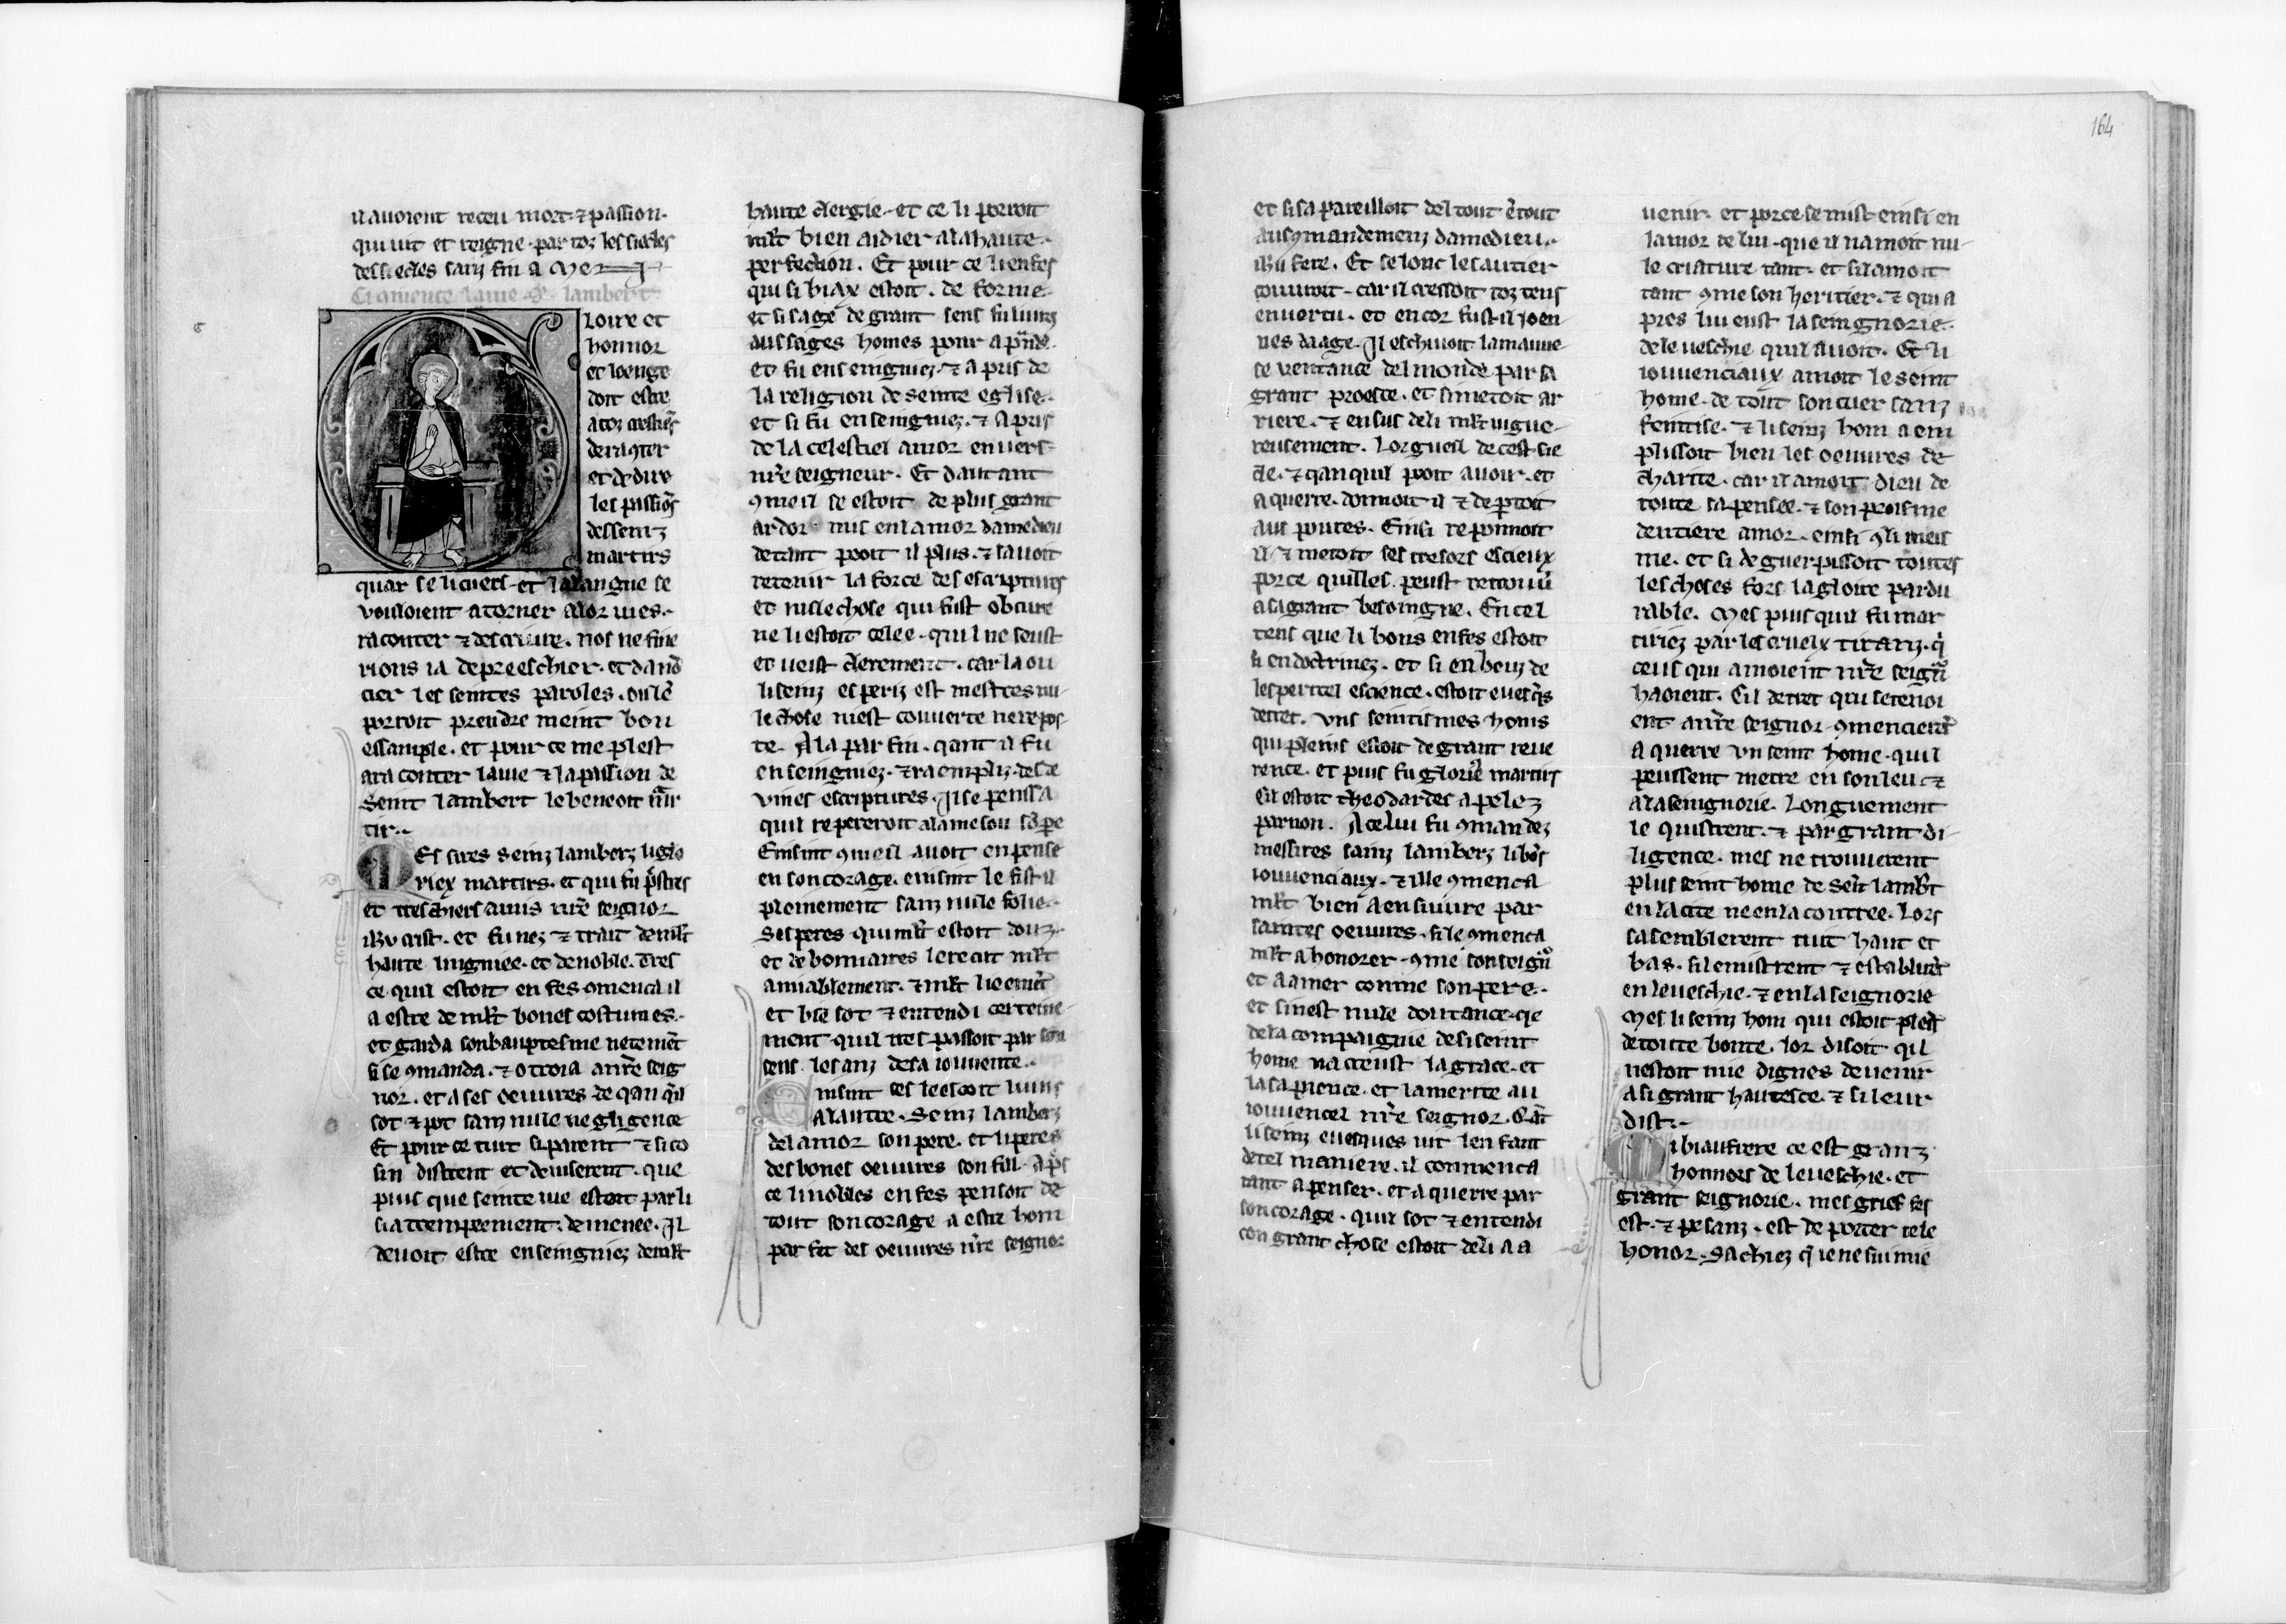
Shelfmark: Paris, BnF, fr. 17229
Century: 13